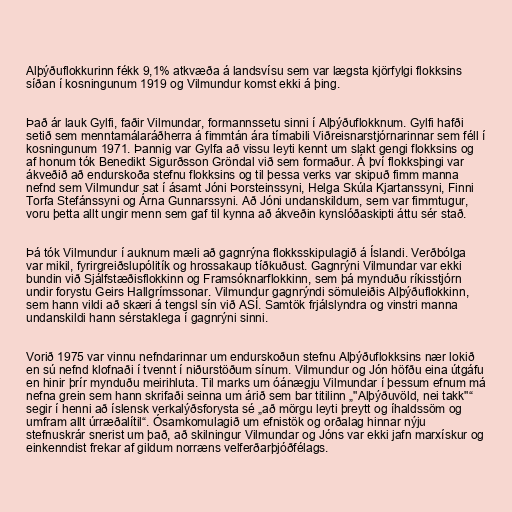
Alþýðuflokkurinn fékk 9,1% atkvæða á landsvísu sem var lægsta kjörfylgi flokksins
síðan í kosningunum 1919 og Vilmundur komst ekki á þing.

Það ár lauk Gylfi, faðir Vilmundar, formannssetu sinni í Alþýðuflokknum. Gylfi hafði
setið sem menntamálaráðherra á fimmtán ára tímabili Viðreisnarstjórnarinnar sem féll í
kosningunum 1971. Þannig var Gylfa að vissu leyti kennt um slakt gengi flokksins og
af honum tók Benedikt Sigurðsson Gröndal við sem formaður. Á því flokksþingi var
ákveðið að endurskoða stefnu flokksins og til þessa verks var skipuð fimm manna
nefnd sem Vilmundur sat í ásamt Jóni Þorsteinssyni, Helga Skúla Kjartanssyni, Finni
Torfa Stefánssyni og Árna Gunnarssyni. Að Jóni undanskildum, sem var fimmtugur,
voru þetta allt ungir menn sem gaf til kynna að ákveðin kynslóðaskipti áttu sér stað.

Þá tók Vilmundur í auknum mæli að gagnrýna flokksskipulagið á Íslandi. Verðbólga
var mikil, fyrirgreiðslupólitík og hrossakaup tíðkuðust. Gagnrýni Vilmundar var ekki
bundin við Sjálfstæðisflokkinn og Framsóknarflokkinn, sem þá mynduðu ríkisstjórn
undir forystu Geirs Hallgrímssonar. Vilmundur gagnrýndi sömuleiðis Alþýðuflokkinn,
sem hann vildi að skæri á tengsl sín við ASÍ. Samtök frjálslyndra og vinstri manna
undanskildi hann sérstaklega í gagnrýni sinni.

Vorið 1975 var vinnu nefndarinnar um endurskoðun stefnu Alþýðuflokksins nær lokið
en sú nefnd klofnaði í tvennt í niðurstöðum sínum. Vilmundur og Jón höfðu eina útgáfu
en hinir þrír mynduðu meirihluta. Til marks um óánægju Vilmundar í þessum efnum má
nefna grein sem hann skrifaði seinna um árið sem bar titilinn „"Alþýðuvöld, nei takk"“
segir í henni að íslensk verkalýðsforysta sé „að mörgu leyti þreytt og íhaldssöm og
umfram allt úrræðalítil“. Ósamkomulagið um efnistök og orðalag hinnar nýju
stefnuskrár snerist um það, að skilningur Vilmundar og Jóns var ekki jafn marxískur og
einkenndist frekar af gildum norræns velferðarþjóðfélags.